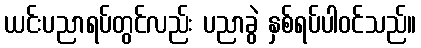
ယင်းပညာရပ်တွင်လည်း ပညာခွဲ နှစ်ရပ်ပါဝင်သည်။